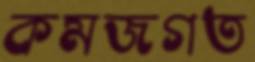
কমজগত